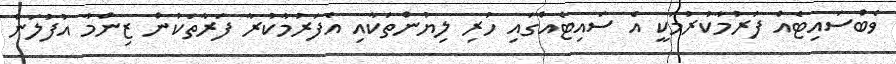
ވެބްސައިޓެއް ފަރުމާކުރުމަކީ އެ ސައިޓެއްގައި ހުރި ލިޔުންތަކާއި އެފަރުމާކުރާ ފަރާތަކުން ޒިންމާ އުފުލަން